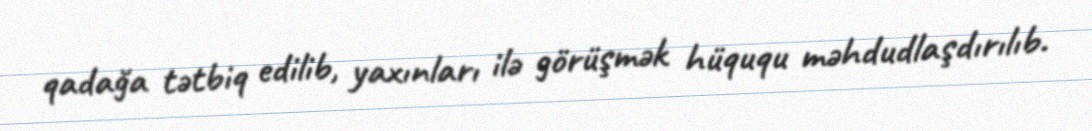
qadağa tətbiq edilib, yaxınları ilə görüşmək hüququ məhdudlaşdırılıb.